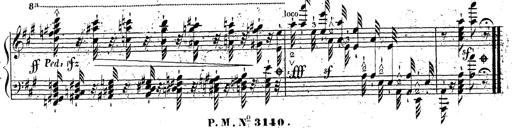
Title: Grande fantaisie sur la tyrolienne de l'opÃ©ra
Composer: Franz Liszt
Key: A major